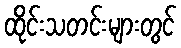
ထိုင်းသတင်းများတွင်